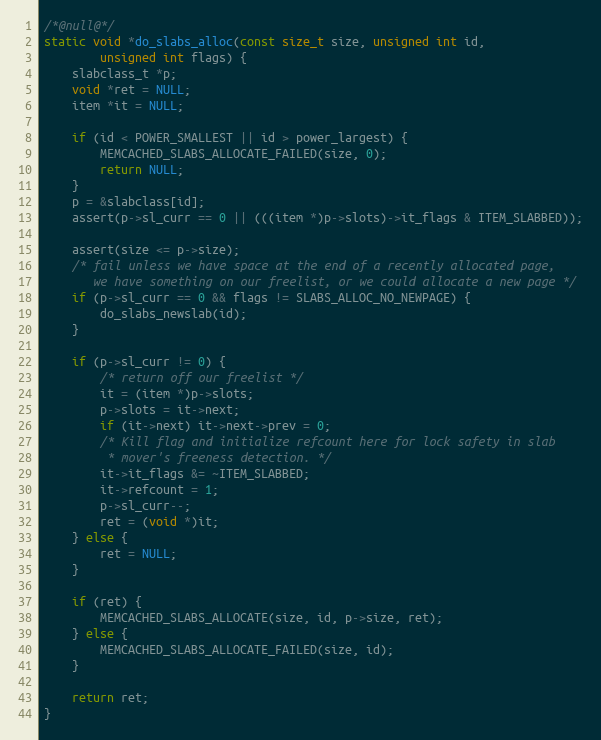
Language: C
/*@null@*/
static void *do_slabs_alloc(const size_t size, unsigned int id,
        unsigned int flags) {
    slabclass_t *p;
    void *ret = NULL;
    item *it = NULL;

    if (id < POWER_SMALLEST || id > power_largest) {
        MEMCACHED_SLABS_ALLOCATE_FAILED(size, 0);
        return NULL;
    }
    p = &slabclass[id];
    assert(p->sl_curr == 0 || (((item *)p->slots)->it_flags & ITEM_SLABBED));

    assert(size <= p->size);
    /* fail unless we have space at the end of a recently allocated page,
       we have something on our freelist, or we could allocate a new page */
    if (p->sl_curr == 0 && flags != SLABS_ALLOC_NO_NEWPAGE) {
        do_slabs_newslab(id);
    }

    if (p->sl_curr != 0) {
        /* return off our freelist */
        it = (item *)p->slots;
        p->slots = it->next;
        if (it->next) it->next->prev = 0;
        /* Kill flag and initialize refcount here for lock safety in slab
         * mover's freeness detection. */
        it->it_flags &= ~ITEM_SLABBED;
        it->refcount = 1;
        p->sl_curr--;
        ret = (void *)it;
    } else {
        ret = NULL;
    }

    if (ret) {
        MEMCACHED_SLABS_ALLOCATE(size, id, p->size, ret);
    } else {
        MEMCACHED_SLABS_ALLOCATE_FAILED(size, id);
    }

    return ret;
}